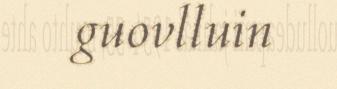
guovlluin